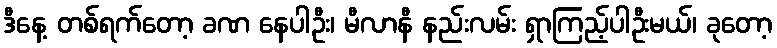
ဒီနေ့ တစ်ရက်တော့ ခဏ နေပါဦး၊ မီလာနီ နည်းလမ်း ရှာကြည့်ပါဦးမယ်၊ ခုတော့